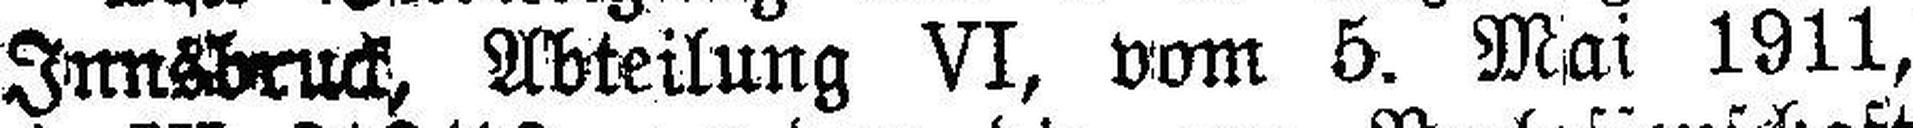
Innsbruck, Abteilung VI, vom 5. Mai 1911,